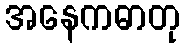
အနေကဓာတု